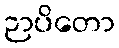
ဉာပိတော